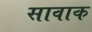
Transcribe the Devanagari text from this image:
सावाक